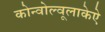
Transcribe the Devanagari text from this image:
कोन्वोल्वूलाकेऐ